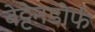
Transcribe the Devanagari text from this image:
बेट्टेनडोर्फ